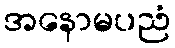
အနောမပညံ